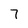
Character: 7